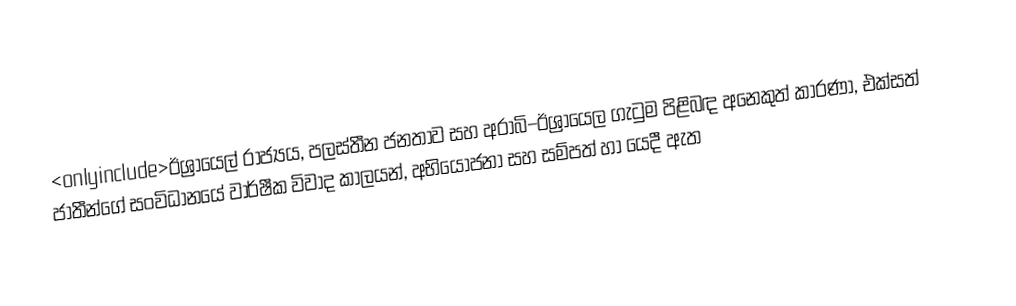
<onlyinclude>ඊශ්‍රායෙල් රාජ්‍යය, පලස්තීන ජනතාව සහ අරාබි–ඊශ්‍රායෙල ගැටුම පිළිබඳ අනෙකුත් කාරණා,  එක්සත් ජාතීන්ගේ සංවිධානයේ වාර්ෂීක විවාද කාලයන්, අභියෝජනා සහ සම්පත් හා යෙදී ඇත